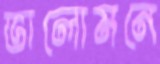
ভালোমনে